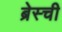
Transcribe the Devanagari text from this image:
ब्रेस्ची